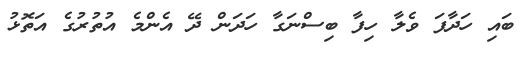
ބައި ހަދާފަ ވެލާ ހިފާ ބިސްނަގާ ހަދަން ދޭ އެންމެ އުތުރުގެ އަތޮޅު